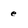
Character: e